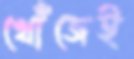
খোঁজেই